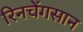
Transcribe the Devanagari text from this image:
रिनचेंगसान